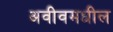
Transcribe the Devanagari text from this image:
अवीवमधील